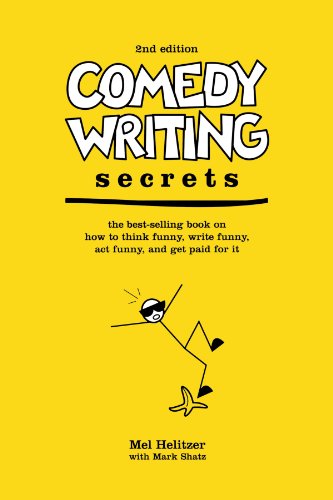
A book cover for Comedy Writing Secrets: The Best-Selling Book on How to Think Funny, Write Funny, Act Funny, And Get Paid For It, 2nd Edition; Mel Helitzer; Humor & Entertainment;